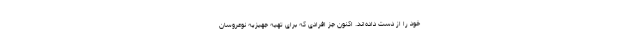
خود را از دست داده‌اند. اکنون ‌جز افرادی که برای تهیه جهیزیه نوعروسان